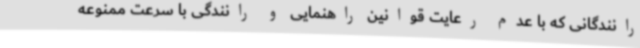
رانندگانی که با عدم رعایت قوانین راهنمایی و رانندگی با سرعت ممنوعه